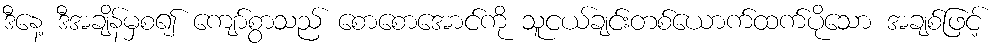
ဒီနေ့ ဒီအချိန်မှစ၍ ကျော်စွာသည် စောစောအောင်ကို သူငယ်ချင်းတစ်ယောက်ထက်ပိုသော အချစ်ဖြင့်